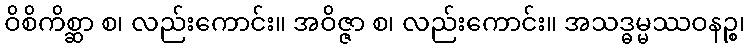
ဝိစိကိစ္ဆာ စ၊ လည်းကောင်း။ အဝိဇ္ဇာ စ၊ လည်းကောင်း။ အသဒ္ဓမ္မဿဝနဉ္စ၊